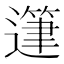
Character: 𨖷